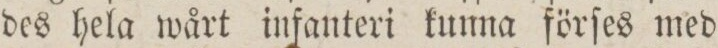
des hela wårt infanteri kunna förſes med